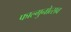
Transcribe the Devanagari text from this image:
फाल्गुनोत्सव